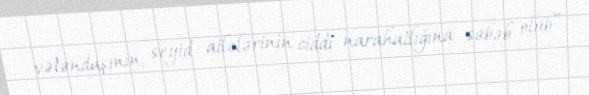
vətəndaşının, seyid ailələrinin ciddi narahatlığına səbəb olub”.